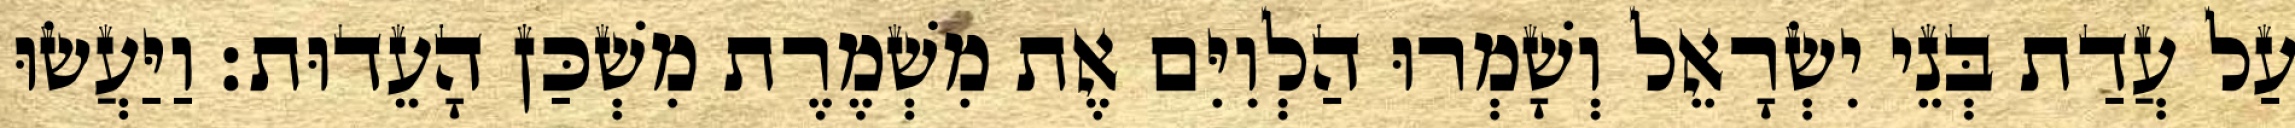
עַל עֲדַת בְּנֵי יִשְׂרָאֵל וְשָׁמְרוּ הַלְוִיִּם אֶת מִשְׁמֶרֶת מִשְׁכַּן הָעֵדוּת׃ וַיַּעֲשׂוּ